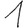
Digit: 1